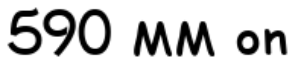
590 MM on